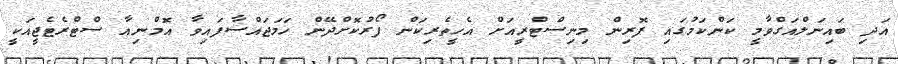
އަދި ބައިނަލްއަގްވާމީ ކަންކަމުގައި ފޮރިން މިނިސްޓްރީއަށް އެހީތެރިކަން ފޯރުކޮށްދޭން ހަމަޖައްސާފައިވާ އޮމްނިއާ ސްޓްރެޓެޖީއަކީ